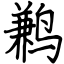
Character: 鹣